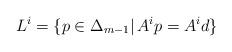
LaTeX: \begin{align*} L^{i} = \{ p \in \Delta_{m-1} \vert \, A^{i}p = A^{i}d \}\end{align*}